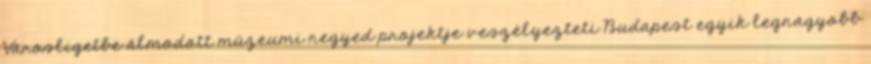
Városligetbe álmodott múzeumi negyed projektje veszélyezteti Budapest egyik legnagyobb